Malaria in India - Number 2
Disease focus: Malaria
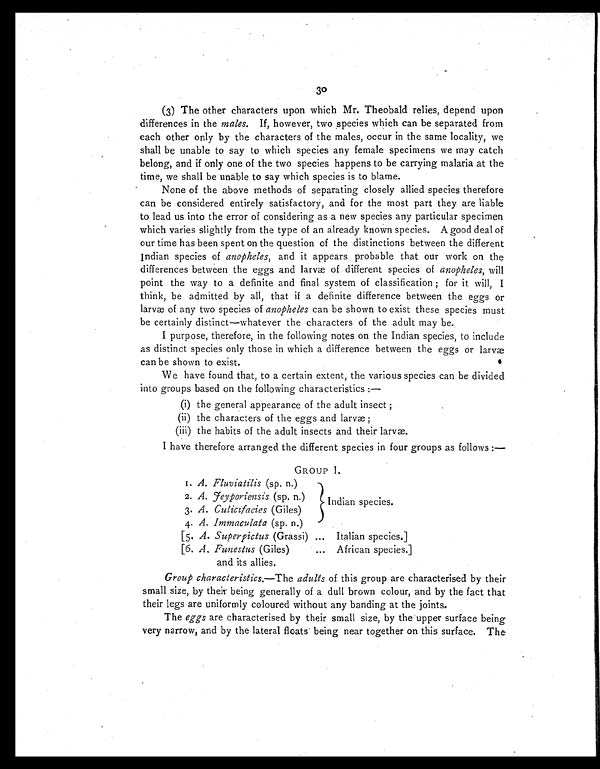
30
(3) The other characters upon which Mr. Theobald relies, depend upon
differences in the males. If, however, two species which can be separated from
each other only by the characters of the males, occur in the same locality, we
shall be unable to say to which species any female specimens we may catch
belong, and if only one of the two species happens to be carrying malaria at the
time, we shall be unable to say which species is to blame.
None of the above methods of separating closely allied species therefore
can be considered entirely satisfactory, and for the most part they are liable
to lead us into the error of considering as a new species any particular specimen
which varies slightly from the type of an already known species. A good deal of
our time has been spent on the question of the distinctions between the different
Indian species of anopheles, and it appears probable that our work on the
differences between the eggs and larvæ of different species ofa n o p h e l e s ,
w i l l
point the way to a definite and final system of classification ; for it will, I
think, be admitted by all, that if a definite difference between the eggs or
larvæ of any two species of anopheles can be shown to exist these species must
be certainly distinct—whatever the characters of the adult may be.
I purpose, therefore, in the following notes on the Indian species, to include
as distinct species only those in which a difference between the eggs or larvæ
can be shown to exist.
We have found that, to a certain extent, the various species can be divided
into groups based on the following characteristics :—
(i) the general appearance of the adult insect ;
(ii) the characters of the eggs and larvæ ;
(iii) the habits of the adult insects and their larvæ.
I have therefore arranged the different species in four groups as follows :-
GROUP I.
I. A. Fluviatilis (sp. n.)
2. A. Jeyporiensis (sp. n.)
Indian species.
3. A. Culicifacies (Giles)
4. A. Immaculata (sp. n.)
[5. A. Superpictus (Grassi) ... Italian species.]
[6. A. Funestus (Giles)
... African species.]
and its allies.
Group characteristics.—The adults of this group are characterised by their
small size, by their being generally of a dull brown colour, and by the fact that
their legs are uniformly coloured without any banding at the joints.
The eggs are characterised by their small size, by the upper surface being
very narrow, and by the lateral floats being near together on this surface. The